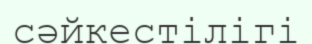
сәйкестілігі